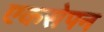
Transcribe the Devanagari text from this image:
एकसेपन